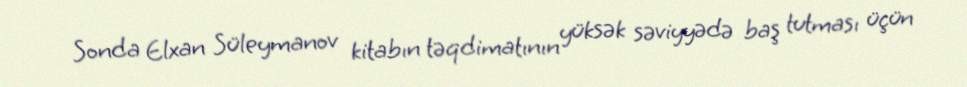
Sonda Elxan Süleymanov kitabın təqdimatının yüksək səviyyədə baş tutması üçün